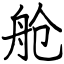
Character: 舱